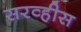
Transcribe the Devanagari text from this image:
सरव्हीस